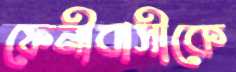
ফেনীবাসীকে